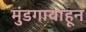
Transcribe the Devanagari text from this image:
मुंडगावाहून